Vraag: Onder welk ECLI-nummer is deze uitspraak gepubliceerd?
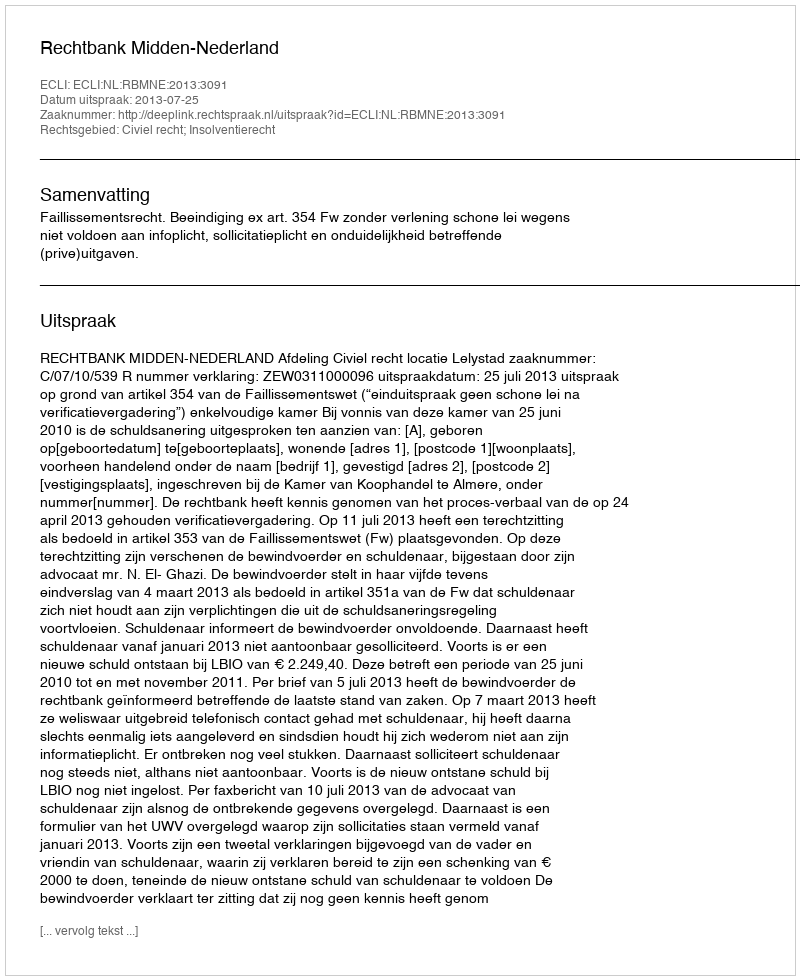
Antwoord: ECLI:NL:RBMNE:2013:3091